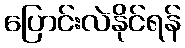
ပြောင်းလဲနိုင်ရန်